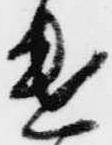
遣